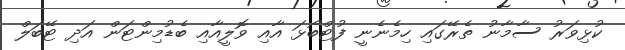
ކުޅިވަރު ސާމާނު ތެރޭގައި ހިމެނެނީ ފުޓްބޯޅަ އާއި ވޮލީއާއި ބެޑުމިންޓަން އަދި ޓޭބަލް